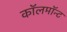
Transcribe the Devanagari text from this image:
कॉलमॉन्ट